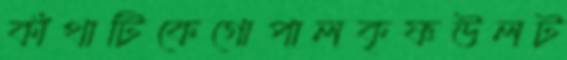
কাঁথাটিকেগোপালকৃষ্ণউলট